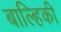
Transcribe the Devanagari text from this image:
बाल्हिकी